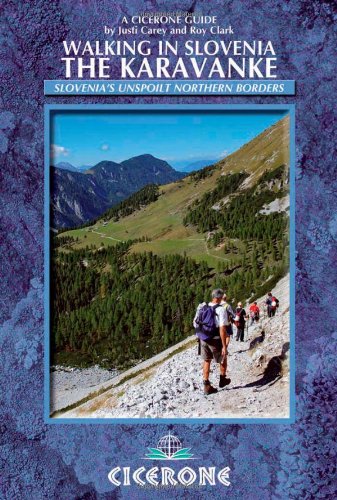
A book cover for Walking in Slovenia: The Karavanke (Cicerone Guides); Justi Carey; Travel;